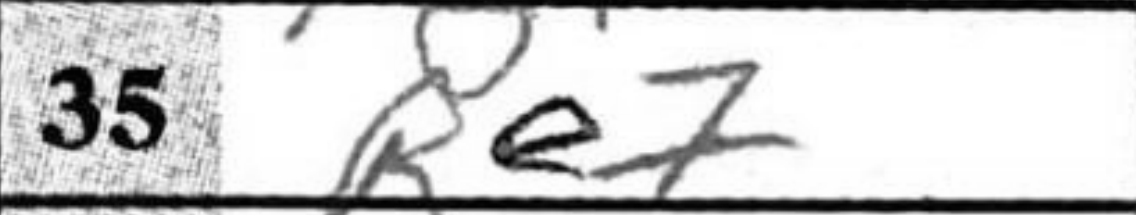
Transcription: Re7